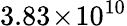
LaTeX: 3.83\! \times\! 10^{10}